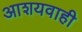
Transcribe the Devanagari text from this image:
आशयवाही